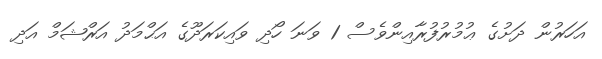
އަހަރުން ދަށުގެ ޢުމުރުފުރާއިންވެސް 1 ވަނަ ހޯދި ވައިކަރަދޫގެ އަޙްމަދު އަރްޝަމް އަދި